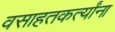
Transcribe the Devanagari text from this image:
वसाहतकर्त्यांना